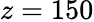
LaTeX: z=150